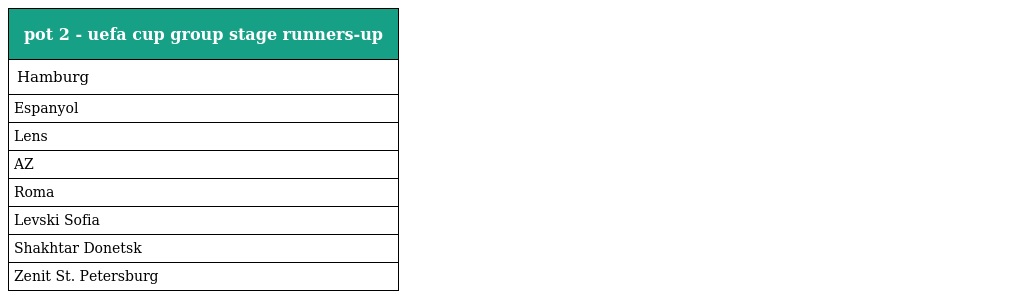
| pot 2 - uefa cup group stage runners-up |
 | --- |
 | Hamburg |
 | Espanyol |
 | Lens |
 | AZ |
 | Roma |
 | Levski Sofia |
 | Shakhtar Donetsk |
 | Zenit St. Petersburg |